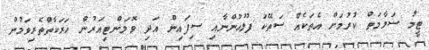
ޓީމު ސަލާމަތް ކުރުމަށް އެތަކެއް ސަތޭކަ ފުލުހުންނާއި ސިފައިން އަދި ވޮލަންޓިއަރުން ހަރަކާތްތެރިވަމުން